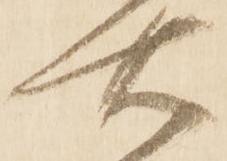
右